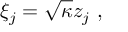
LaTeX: \xi _ { j } = \sqrt { \kappa } z _ { j } \ ,